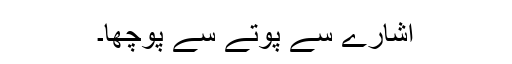
اشارے سے پوتے سے پوچھا۔